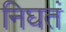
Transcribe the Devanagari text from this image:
निघतं